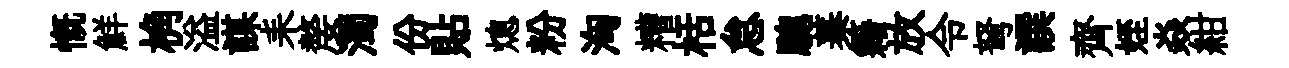
慨鮮桷溢謀耒嫠濁份貼熄粉洶糟栝怠驄蓁籍放令弩譔齊姪焱紺